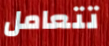
تتعامل